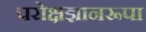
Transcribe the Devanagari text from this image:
परोक्षज्ञानरूपा